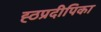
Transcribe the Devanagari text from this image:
ह्ठप्रदीपिका